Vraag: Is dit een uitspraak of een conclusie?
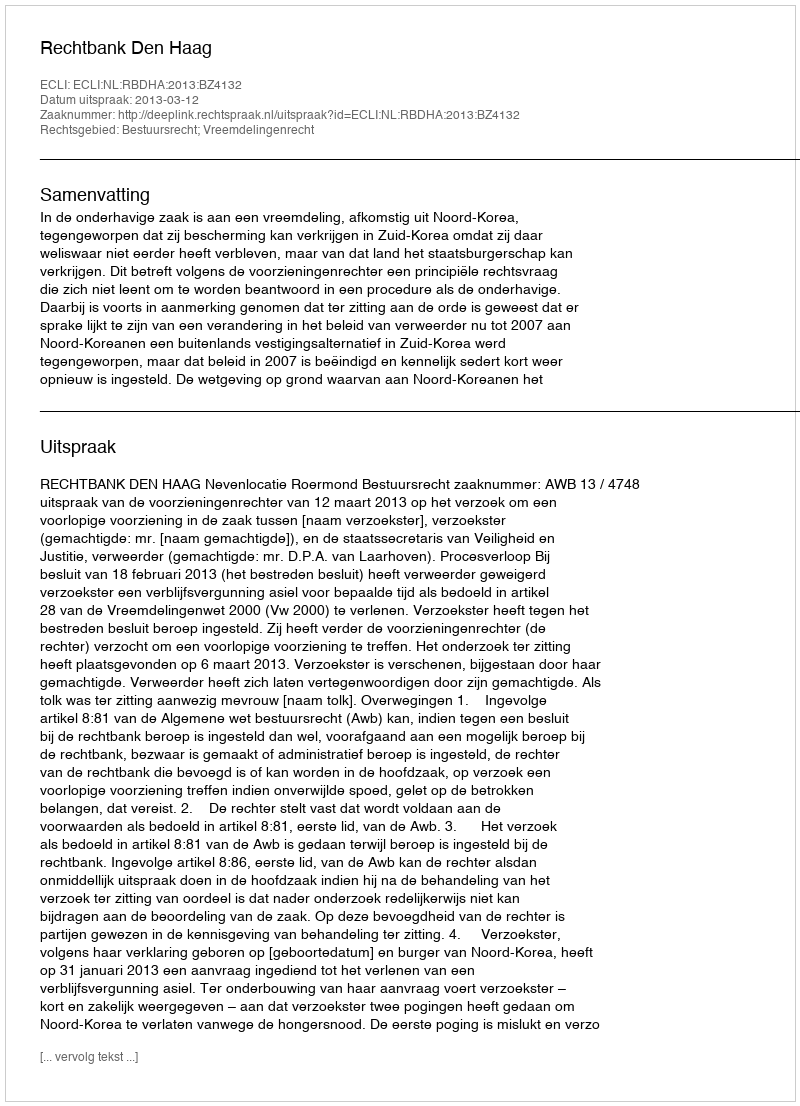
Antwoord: Uitspraak